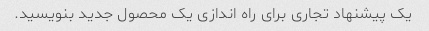
یک پیشنهاد تجاری برای راه اندازی یک محصول جدید بنویسید.